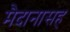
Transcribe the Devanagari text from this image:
मैदानासह